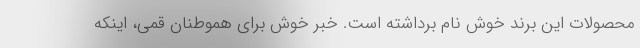
محصولات این برند خوش نام برداشته است. خبر خوش برای هموطنان قمی، اینکه